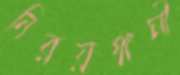
নিরয়গামী